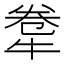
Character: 𤙻